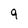
Character: 9